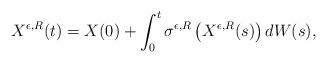
LaTeX: \begin{align*}X^{\epsilon, R}(t)=X(0)+\int_0^t\sigma^{\epsilon,R}\left(X^{\epsilon,R}(s)\right)dW(s),\end{align*}